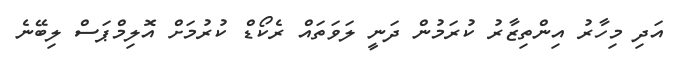
އަދި މިހާރު އިންތިޒާރު ކުރަމުން ދަނީ ލަވަތައް ރެކޯޑް ކުރުމަށް އޮލިމްޕަސް ލިބޭނެ